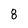
Character: 8